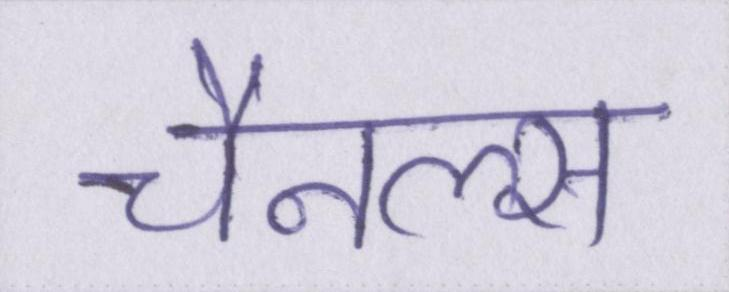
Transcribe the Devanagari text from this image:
चैनल्स